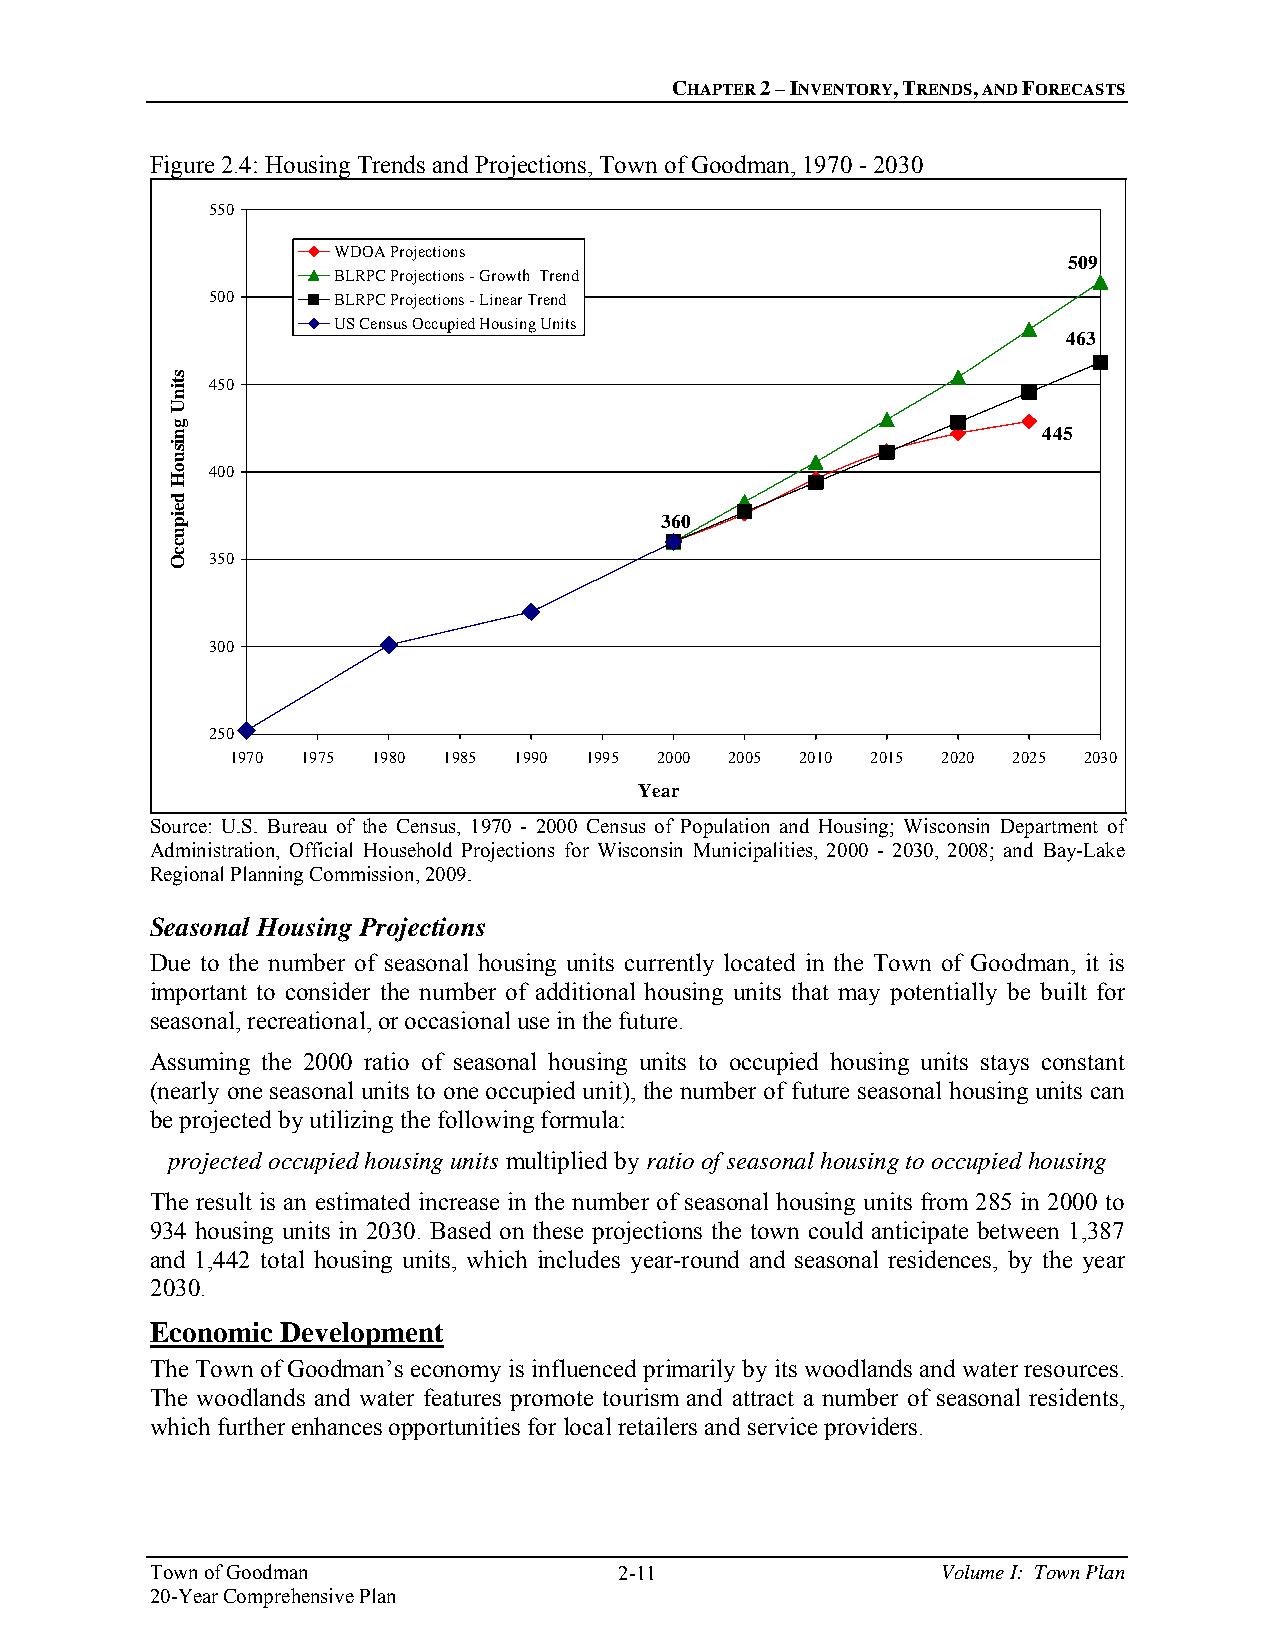
CHAPTER 2 – INVENTORY, TRENDS, AND FORECASTS
 Figure 2.4: Housing Trends and Projections, Town of Goodman, 1970 - 2030
 550
 WDOA Projections
 509
 BLRPC Projections - Growth Trend
 500     BLRPC Projections - Linear Trend
 US Census Occupied Housing Units
 463
 450
 445
 400
 360
 350
 300
 250
 1970 1975 1980 1985 1990 1995 2000 2005 2010 2015 2020 2025 2030
 Year
 Source: U.S. Bureau of the Census, 1970 - 2000 Census of Population and Housing; Wisconsin Department of
 Administration, Official Household Projections for Wisconsin Municipalities, 2000 - 2030, 2008; and Bay-Lake
 Regional Planning Commission, 2009.
 Seasonal Housing Projections
 Due to the number of seasonal housing units currently located in the Town of Goodman, it is
 important to consider the number of additional housing units that may potentially be built for
 seasonal, recreational, or occasional use in the future.
 Assuming the 2000 ratio of seasonal housing units to occupied housing units stays constant
 (nearly one seasonal units to one occupied unit), the number of future seasonal housing units can
 be projected by utilizing the following formula:
 projected occupied housing units multiplied by ratio of seasonal housing to occupied housing
 The result is an estimated increase in the number of seasonal housing units from 285 in 2000 to
 934 housing units in 2030. Based on these projections the town could anticipate between 1,387
 and 1,442 total housing units, which includes year-round and seasonal residences, by the year
 2030.
 Economic Development
 The Town of Goodman’s economy is influenced primarily by its woodlands and water resources.
 The woodlands and water features promote tourism and attract a number of seasonal residents,
 which further enhances opportunities for local retailers and service providers.
 Town of Goodman                2-11                 Volume I: Town Plan
 20-Year Comprehensive Plan
 stinU
 gnisuoH
 deipuccO